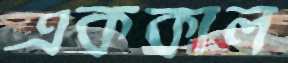
এককাল